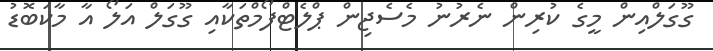
ގޫގަލްއިން މީގެ ކުރިން ނެރުނު މެސެޖިން ޕްލެޓްފޯމްތަކާއި ގޫގަލް އަލޯ އާ މާކަބޮޑު